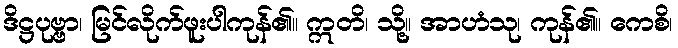
ဒိဋ္ဌပုဗ္ဗာ၊ မြင်လိုက်ဖူးပါကုန်၏။ ဣတိ၊ သို့။ အာဟံသု၊ ကုန်၏။ ကေစိ၊